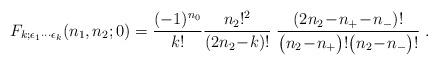
LaTeX: \begin{align*}F_{k;\epsilon_1\cdots\epsilon_k}(n_1,n_2;0)=\frac{(-1)^{n_0}}{k!}\frac{n_2!^2}{(2n_2\!-\!k)!}\;\frac{(2n_2\!-\!n_+\!-\!n_-)!}{\big(n_2\!-\!n_+\big)!\big(n_2\!-\!n_-\big)!}\; .\end{align*}